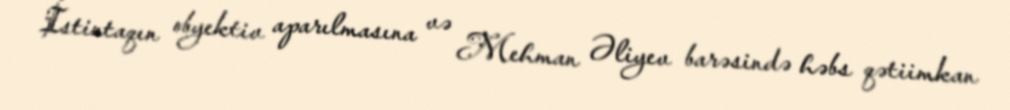
İstintaqın obyektiv aparılmasına və Mehman Əliyev barəsində həbs qətiimkan